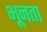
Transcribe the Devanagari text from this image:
भूनता